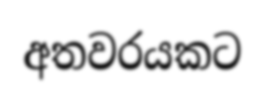
අතවරයකට